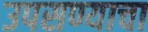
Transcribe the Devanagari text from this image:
उपसण्याचा